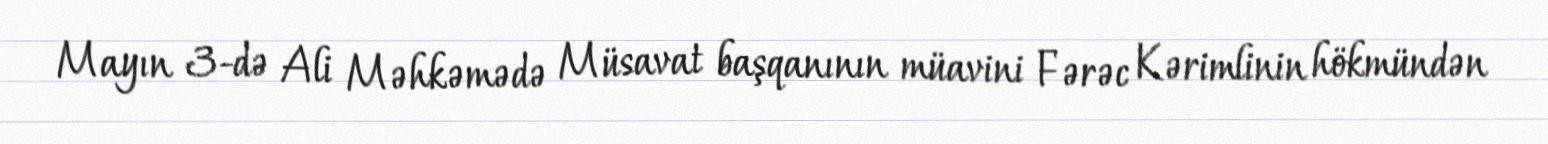
Mayın 3-də Ali Məhkəmədə Müsavat başqanının müavini Fərəc Kərimlinin hökmündən